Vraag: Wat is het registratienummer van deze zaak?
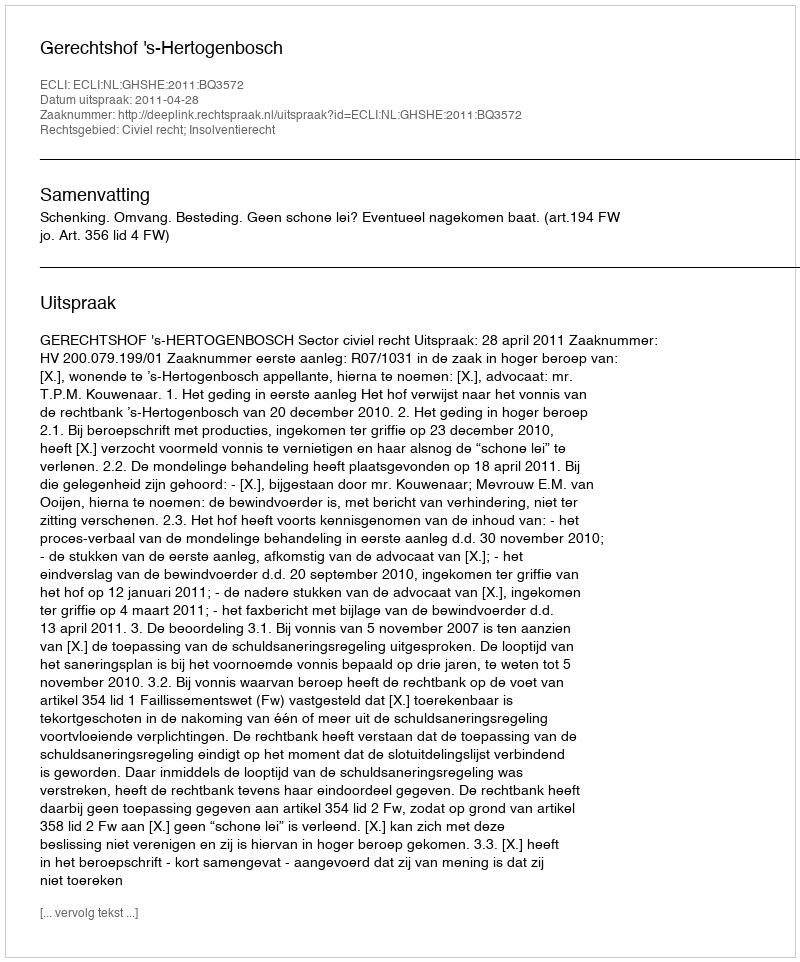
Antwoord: http://deeplink.rechtspraak.nl/uitspraak?id=ECLI:NL:GHSHE:2011:BQ3572